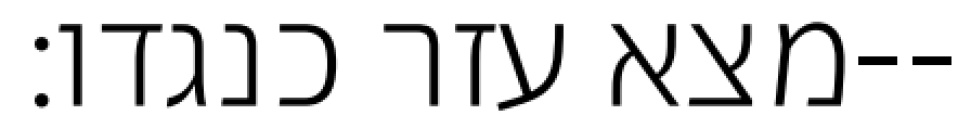
מצא עזר כנגדו׃--